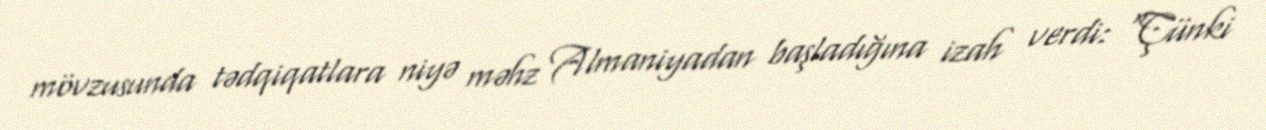
mövzusunda tədqiqatlara niyə məhz Almaniyadan başladığına izah verdi: “Çünki